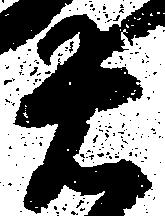
右